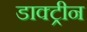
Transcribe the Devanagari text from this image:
डाक्ट्रीन